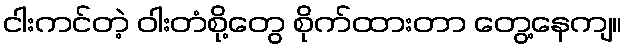
ငါးကင်တဲ့ ဝါးတံစို့တွေ စိုက်ထားတာ တွေ့နေကျ။